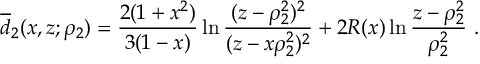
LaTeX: \overline { { d } } _ { 2 } ( x , z ; \rho _ { 2 } ) = \frac { 2 ( 1 + x ^ { 2 } ) } { 3 ( 1 - x ) } \ln \frac { ( z - \rho _ { 2 } ^ { 2 } ) ^ { 2 } } { ( z - x \rho _ { 2 } ^ { 2 } ) ^ { 2 } } + 2 R ( x ) \ln \frac { z - \rho _ { 2 } ^ { 2 } } { \rho _ { 2 } ^ { 2 } } \ .